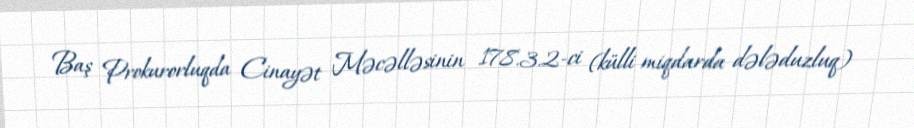
Baş Prokurorluqda Cinayət Məcəlləsinin 178.3.2-ci (külli miqdarda dələduzluq)